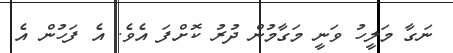
ނަގާ މަލީހު ވަނީ މަގާމުން ދުރު ކޮށްފަ އެވެ. އެ ފަހުން އެ